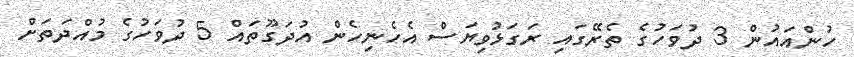
ހުންއައުން 3 ދުވަހުގެ ތެރޭގައި ރަގަޅުވިޔަސް އެހެނިހެން އުދަގޫތައް 5 ދުވަހުގެ މުއްދަތަށް